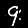
Digit: 9